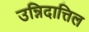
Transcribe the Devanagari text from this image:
उन्निदात्तिल